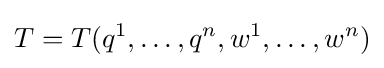
T=T(q^{1},\ldots ,q^{n},w^{1},\ldots ,w^{n})